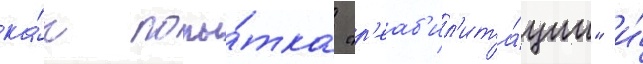
ка́к попы́тка "р'еаб'ил'ита́ции" и́